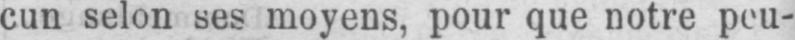
cun selon ses moyens, pour que notre peu-